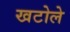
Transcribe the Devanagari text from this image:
खटोले